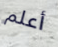
أعلم